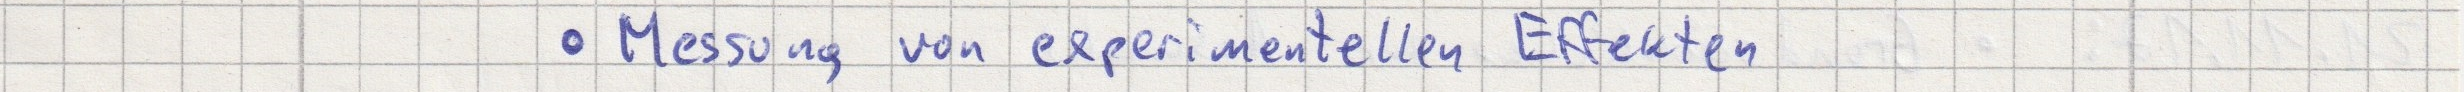
- Messung von experimentellen Effekten